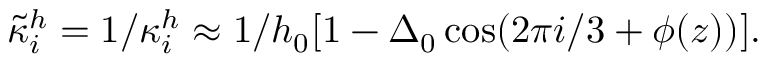
\tilde { \kappa } _ { i } ^ { h } = 1 / \kappa _ { i } ^ { h } \approx 1 / h _ { 0 } [ 1 - \Delta _ { 0 } \cos ( 2 \pi i / 3 + \phi ( z ) ) ] .